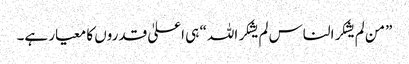
”من لم یشکر الناس لم یشکر اللہ“ ہی اعلیٰ قدروں کا معیار ہے۔